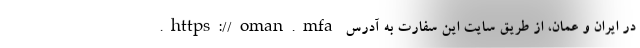
در ایران و عمان، از طریق سایت این سفارت به آدرس https://oman.mfa.